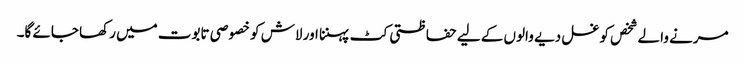
مرنے والے شخص کو غسل دیے والوں کے لیے حفاظتی کٹ پہننا اور لاش کو خصوصی تابوت میں رکھا جائے گا۔